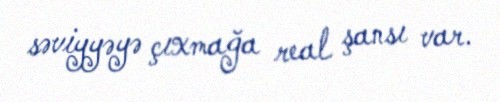
səviyyəyə çıxmağa real şansı var.